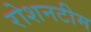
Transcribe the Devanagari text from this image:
रोशनटीम